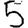
Digit: 5